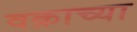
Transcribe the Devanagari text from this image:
वक्राच्या